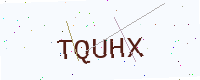
Text: TQUHX